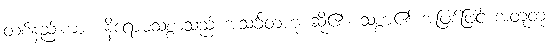
တစ်နည်းကား။ နိရောဓသစ္စာသည် အသင်္ခတဟု ဆို၏။ သစ္စာ၏ အဖြစ်ဖြင့် အတူတူ